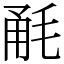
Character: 𣭲